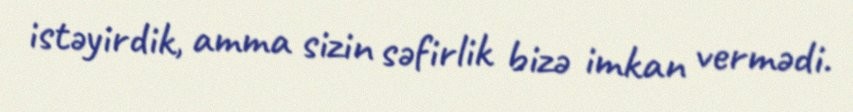
istəyirdik, amma sizin səfirlik bizə imkan vermədi.